Leaving Certificate Examination, 1919
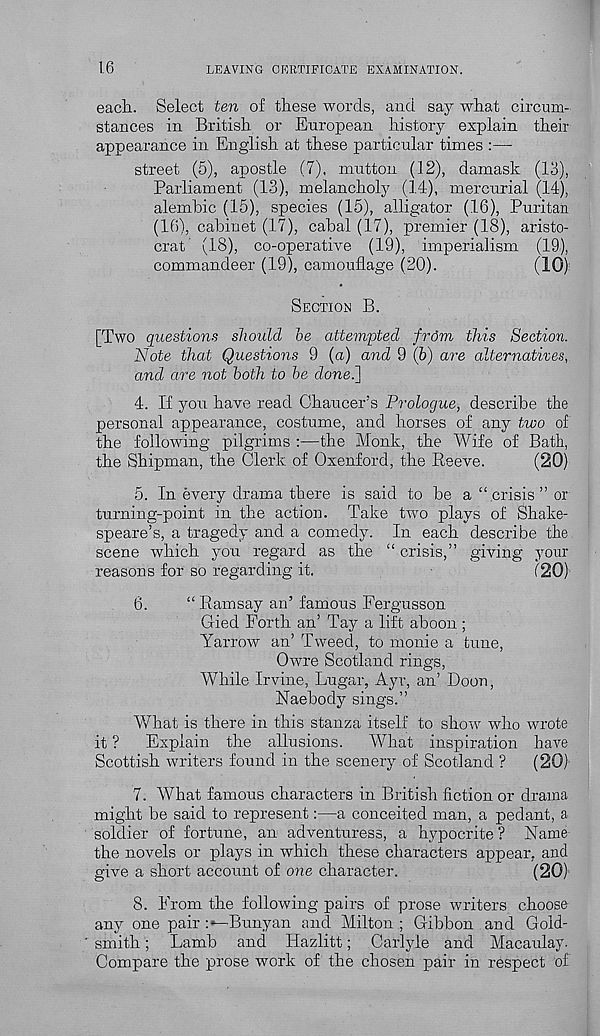
16
LEAVING CERTIFICATE EXAMINATION.
each. Select ten of these words, and say what circum-
stances in British or European history explain their
appearance in English at these particular times :—
street (5), apostle (7). mutton (12), damask (13),
Parliament (13), melancholy (14), mercurial (14),
alembic (15), species (15), alligator (16), Puritan
(16), cabinet (17), cabal (17), premier (18), aristo-
crat' (18), co-operative (19), imperialism (19),
commandeer (19), camouflage (20).
(10)
SECTION B.
[Two questions should he attempted frdm this Section.
Note that Questions 9 (a) and 9 (b) are alternatives,
and are not both to he donei]
4. If you have read Chaucer’s Prologue, describe the
personal appearance, costume, and horses of any two of
the following pilgrims :—the Monk, the Wife of Bath,
the Shipman, the Clerk of Oxenford, the Reeve.
(20)
5. In every drama there is said to be a “ crisis ” or
turning-point in the action. Take two plays of Shake-
speare’s, a tragedy and a comedy. In each describe the.
scene which you regard as the “ crisis,” giving your
reasons for so regarding it,
(20)
6.
“ Ramsay an’ famous Fergusson
Gied Forth an’ Tay a lift aboon;
Yarrow an’ Tweed, to monie a tune,
Owre Scotland rings,
While Irvine, Lugar, Ayr, an’ Boon,
Naebody sings.”
What is there in this stanza itself to show who wrote
it ? Explain the allusions. What inspiration have
Scottish writers found in the scenery of Scotland ? (20)
7. What famous characters in British fiction or drama
might be said to represent:—a conceited man, a pedant, a
soldier of fortune, an adventuress, a hypocrite ? Name
the novels or plays in which these characters appear, and
give a short account of one character.
(20)
8. From the following pairs of prose writers choose
any one pair :—Bunyan and Milton; Gibbon and Gold-
smith ; Lamb and Hazlitt; Carlyle and Macaulay.
Compare the prose work of the chosen pair in respect of